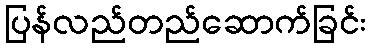
ပြန်လည်တည်ဆောက်ခြင်း